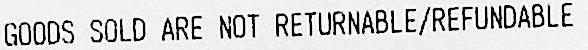
GOODS SOLD ARE NOT RETURNABLE/REFUNDABLE